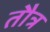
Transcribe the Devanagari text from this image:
तौत्र